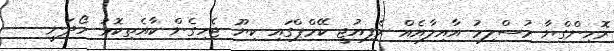
ރޮހިންގްޔާ މުސްލިމު އާއިލާއެއް ރެފިއުޖީ ކޭމްޕްގައި ކިޔޫ ޖެހިގެން ކާއެތިކޮޅު ހޯދަނީ --